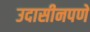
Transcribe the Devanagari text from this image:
उदासीनपणे